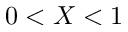
0 < X < 1